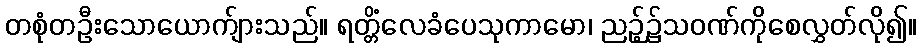
တစုံတဦးသောယောက်ျားသည်။ ရတ္တိံလေခံပေသုကာမော၊ ညဉ့်၌သဝဏ်ကိုစေလွှတ်လို၍။